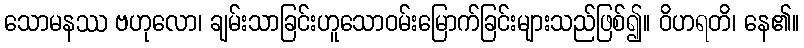
သောမနဿ ဗဟုလော၊ ချမ်းသာခြင်းဟူသောဝမ်းမြောက်ခြင်းများသည်ဖြစ်၍။ ဝိဟရတိ၊ နေ၏။